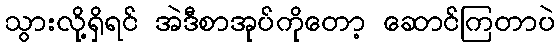
သွားလို့ရှိရင် အဲဒီစာအုပ်ကိုတော့ ဆောင်ကြတာပဲ